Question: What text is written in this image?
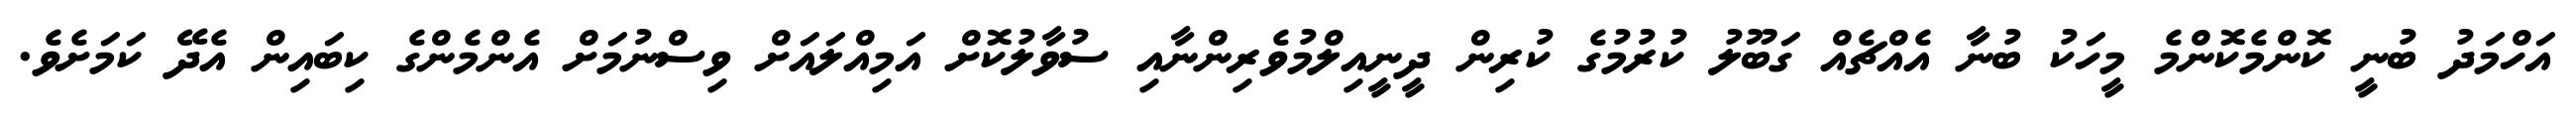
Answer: އަހްމަދު ބުނީ ކޮންމެކޮންމެ މީހަކު ބުނާ އެއްޗެއް ގަބޫލު ކުރުމުގެ ކުރިން ދީނީއިލްމުވެރިންނާއި ސުވާލުކޮށް އަމިއްލައަށް ވިސްނުމަށް އެންމެންގެ ކިބައިން އެދޭ ކަމަށެވެ.